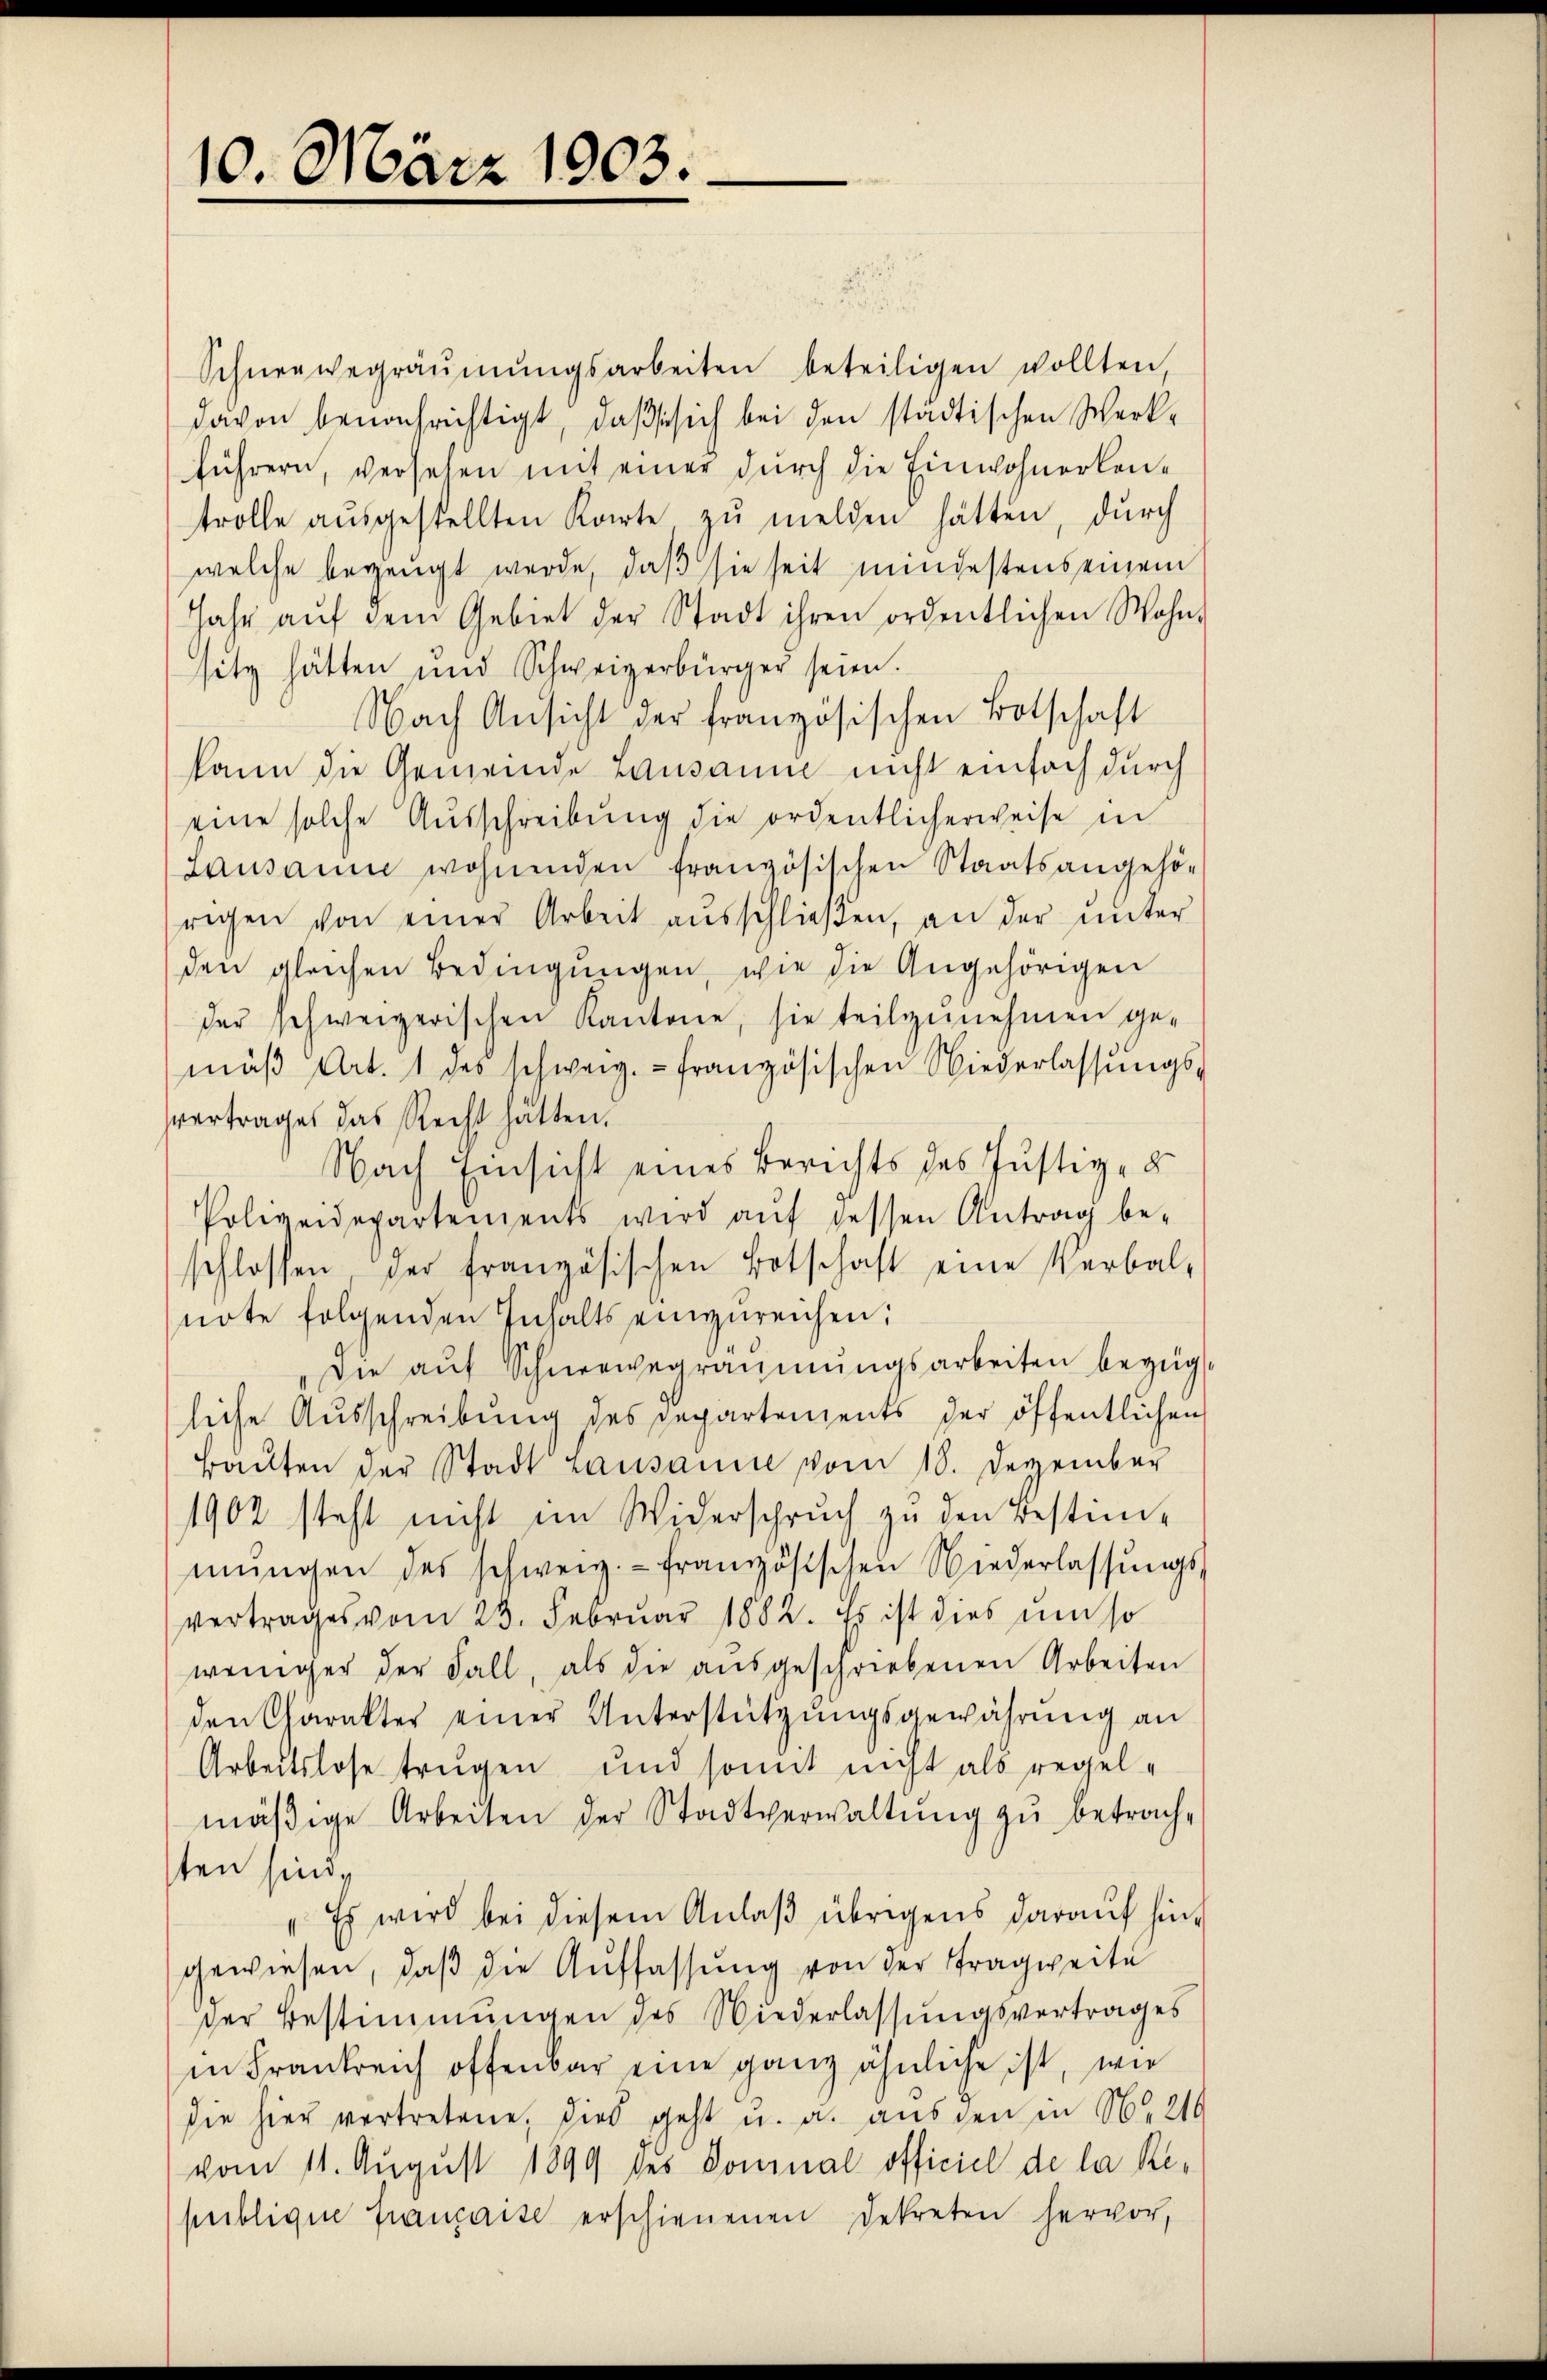
10. März 1903.

Schneewegräŭmŭngsarbeiten beteiligen wollten
davon benachrichtigt, daß sich bei den städtischen Werk-
führern, versehen mit einer durch die Einwohnerkentrolle aŭsgestellten Karte zu melden hätten, durch
welche bezeugt werde, daß sie seit mindestens einem
Jahr aŭf dem Gebiet der Stadt ihren ordentlichen Wohn-
sitz hätten und Schweizerbürger seien.
Nach Ansicht der französischen Botschaft
kann die Gemeinde Lausanne nicht einfach durch
eine solche Ausschreibung die ordentlicherweise in
Lausanne wohnenden französischen Staatsangehö-
rigen von einer Arbeit aŭsschlieβen, an der ŭnter
den gleichen Bedingŭngen, wie die Angehörigen
der schweizerischen Kantone, sie teilzŭnehmen ge-
mäβ Art. 1 des schweiz.- französischen Niederlassŭngs-
vertrages das Recht hätten.
Nach Einsicht eines Berichts des Justiz- &
Polizeidepartements wird aŭf dessen Antrag be-
schlossen, der französischen Botschaft eine Verbal-
note folgenden Inhalts einzŭreichen;
Die aŭf Schneewegräŭmŭngsarbeiten bezüg
liche Ausschreibung des Departements der öffentlichen
Baŭten der Stadt Lausanne vom 18. Dezember
1902 steht nicht im Widerspruch zu den Bestim-
mŭngen des schweiz.- französischen Niederlassŭngs-
vertrages vom 23. Februar 1882. Es ist dies um so
weniger der Fall, als die aŭsgeschriebenen Arbeiten
den Charakter einer Unterstützungsgewährung an
Arbeitslose trugen und somit nicht als regel-
mäβige Arbeiten der Stadtverwaltŭng zŭ betrach-
ten sind
" Es wird bei diesem Anlaß übrigens darauf hingewiesen, daβ die Auffassŭng von der Tragweite
der Bestimmungen des Wiederlassŭngsvertrages
in Frankreich offenbar eine ganz ähnliche ist, wie
die hier vertretene, dies geht u. a. ausgen in N. 210
vom 11. August 1899 des Dominal officiel de la Repeiblique française erschienenen Dekreten hervor,